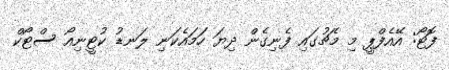
ފޮޓޯ: އޭއެފްޕީ މި މެޗުގައި ފެނިގެން ދިޔަ ހަމައެކަނި ލަނޑު ކުޓީނިއޯ ސްޓޯކް